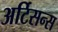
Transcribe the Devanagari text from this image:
अर्टिसन्स